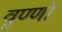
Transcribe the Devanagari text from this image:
वृण्णों